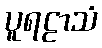
ပူရဠာသံ